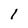
Character: l